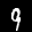
Label: 9